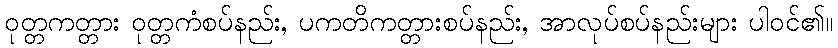
ဝုတ္တကတ္တား ဝုတ္တကံစပ်နည်း, ပကတိကတ္တားစပ်နည်း, အာလုပ်စပ်နည်းများ ပါဝင်၏။